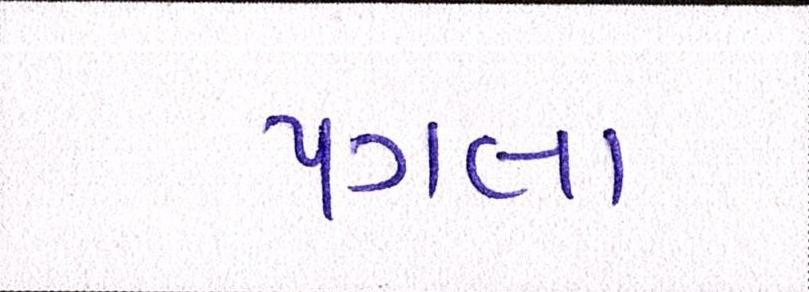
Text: પગલા